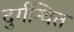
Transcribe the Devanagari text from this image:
दुर्गन्धित